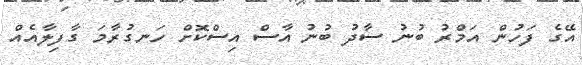
އޭގެ ފަހުން އަމްރު ބުނު ސާދު ބުނު އާސް އިސްކޮށް ހަނގުރާމަ ގާފިލާއެއް